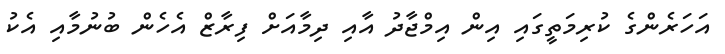
އަހަރެންގެ ކުރިމަތީގައި އިން އިމްޖާދު އާއި ދިމާއަށް ފިރާޒް އެހެން ބުނުމާއި އެކު